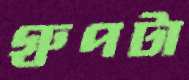
গ্রুপটা